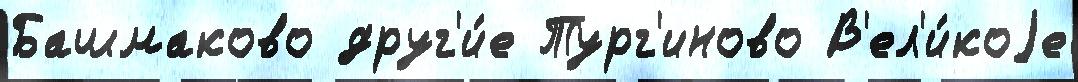
Башмаково друг'и́е Тург'иново В'ел'и́коjе